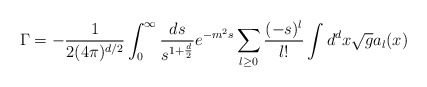
\begin{align*}\Gamma = -{1\over 2 (4\pi)^{d/2}}\int_0^\infty {ds\over s^{1+{d\over 2}}}e^{-m^2 s}\sum_{l\geq 0}{(-s)^l\over l!} \int d^dx\sqrt g a_l(x)\end{align*}